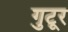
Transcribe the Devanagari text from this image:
गुटूर